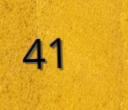
41